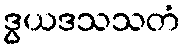
ဒွယဒသသတံ